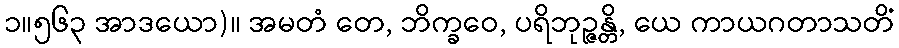
၁။၅၆၃ အာဒယော)။ အမတံ တေ, ဘိက္ခဝေ, ပရိဘုဉ္ဇန္တိ, ယေ ကာယဂတာသတိံ